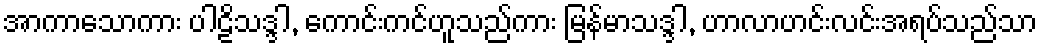
အာကာသောကား ပါဠိသဒ္ဒါ, ကောင်းကင်ဟူသည်ကား မြန်မာသဒ္ဒါ, ဟာလာဟင်းလင်းအရပ်သည်သာ